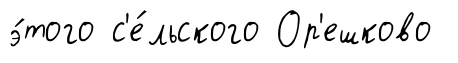
э́того с'е́льского Ор'ешково